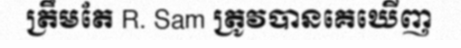
ត្រឹមតែ R. Sam ត្រូវបានគេឃើញ